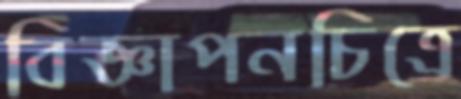
বিজ্ঞাপনচিত্রে